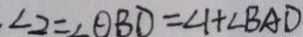
\angle 2 = \angle O B D = \angle 1 + \angle B A D